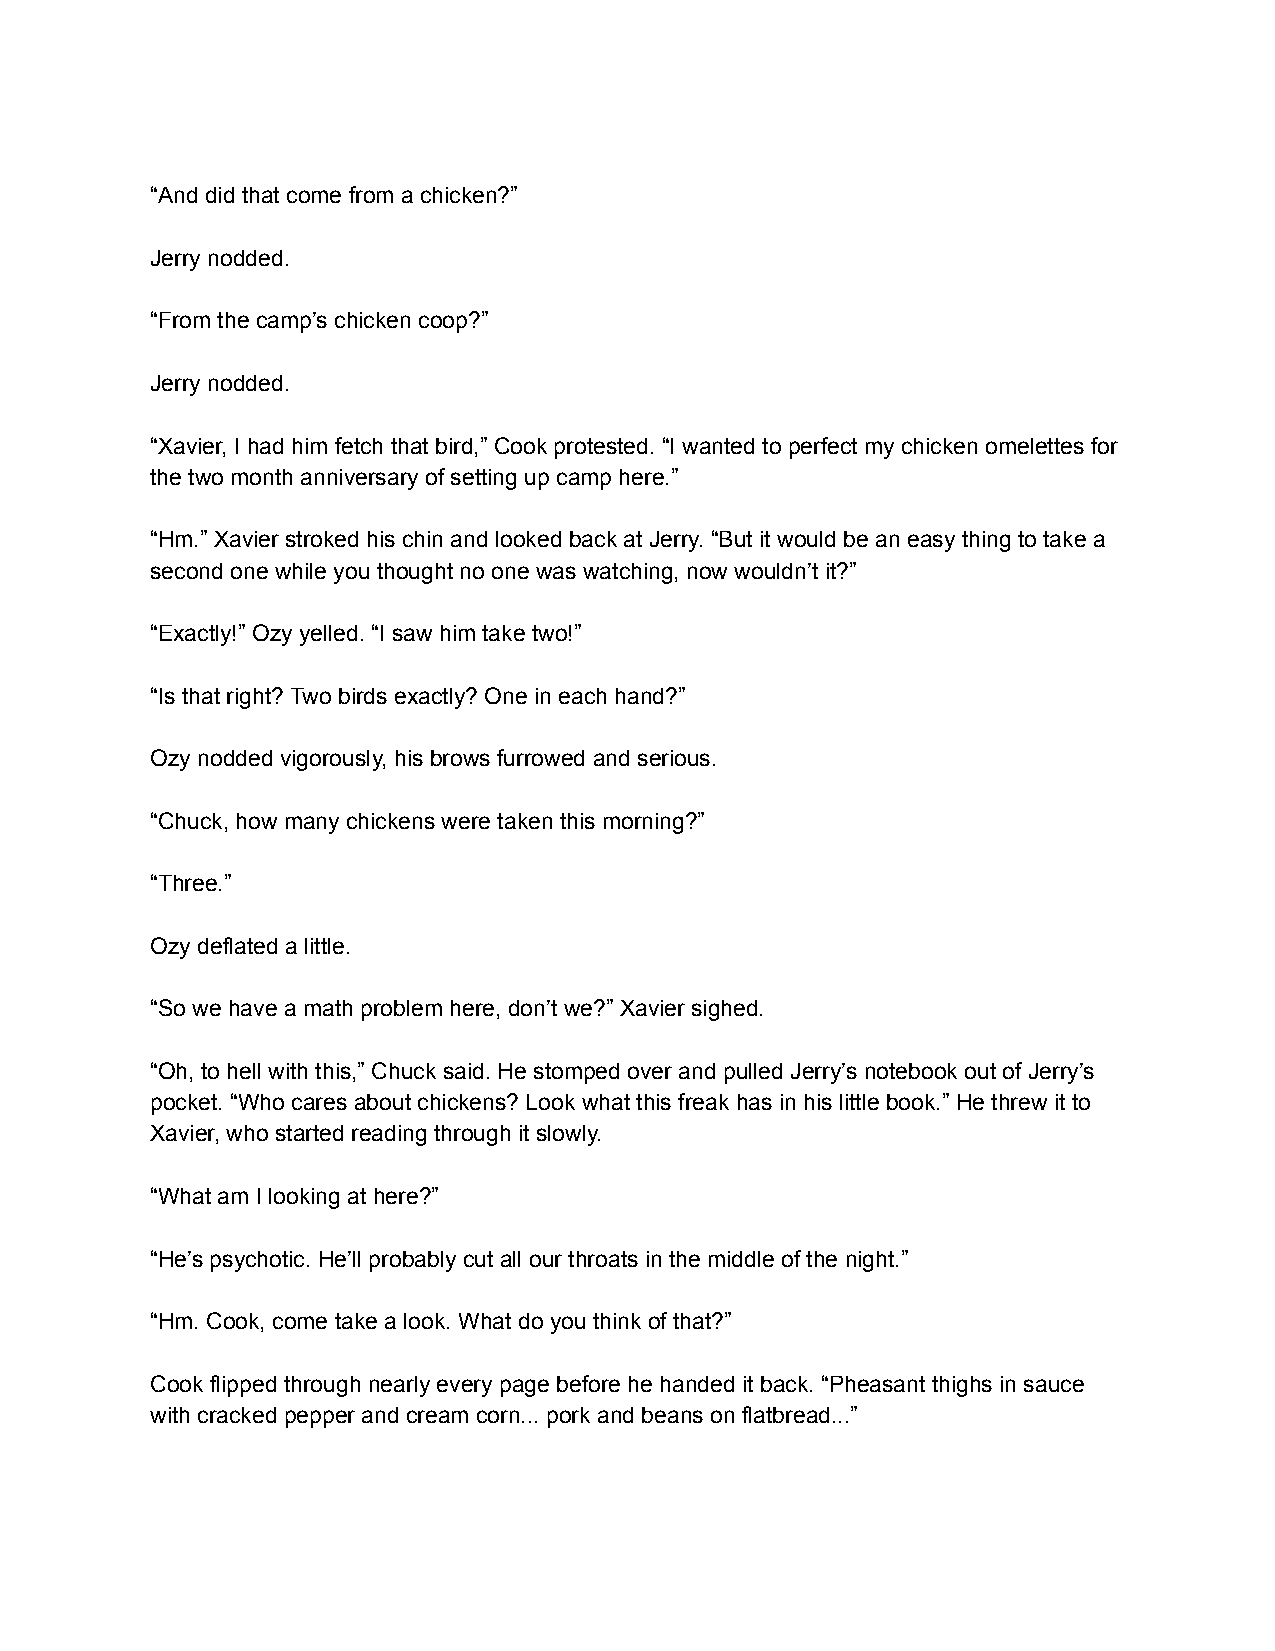
“And did that come from a chicken?”
 Jerry nodded.
 “From the camp’s chicken coop?”
 Jerry nodded.
 “Xavier, I had him fetch that bird,” Cook protested. “I wanted to perfect my chicken omelettes for
 the two month anniversary of setting up camp here.”
 “Hm.” Xavier stroked his chin and looked back at Jerry. “But it would be an easy thing to take a
 second one while you thought no one was watching, now wouldn’t it?”
 “Exactly!” Ozy yelled. “I saw him take two!”
 “Is that right? Two birds exactly? One in each hand?”
 Ozy nodded vigorously, his brows furrowed and serious.
 “Chuck, how many chickens were taken this morning?”
 “Three.”
 Ozy deflated a little.
 “So we have a math problem here, don’t we?” Xavier sighed.
 “Oh, to hell with this,” Chuck said. He stomped over and pulled Jerry’s notebook out of Jerry’s
 pocket. “Who cares about chickens? Look what this freak has in his little book.” He threw it to
 Xavier, who started reading through it slowly.
 “What am I looking at here?”
 “He’s psychotic. He’ll probably cut all our throats in the middle of the night.”
 “Hm. Cook, come take a look. What do you think of that?”
 Cook flipped through nearly every page before he handed it back. “Pheasant thighs in sauce
 with cracked pepper and cream corn... pork and beans on flatbread...”